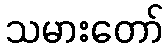
သမားတော်